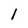
Character: 1